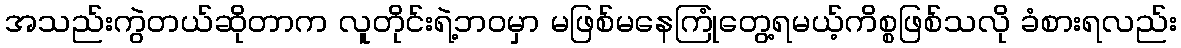
အသည်းကွဲတယ်ဆိုတာက လူတိုင်းရဲ့ဘဝမှာ မဖြစ်မနေကြုံတွေ့ရမယ့်ကိစ္စဖြစ်သလို ခံစားရလည်း